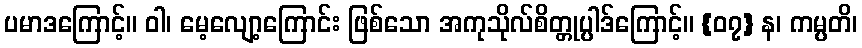
ပမာဒကြောင့်။ ဝါ၊ မေ့လျော့ကြောင်း ဖြစ်သော အကုသိုလ်စိတ္တုပ္ပါဒ်ကြောင့်။ {၀၇} န၊ ကမ္ပတိ၊